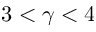
3 < \gamma < 4